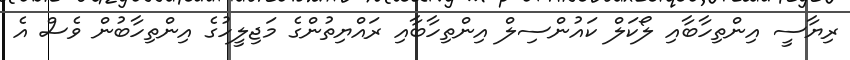
ރިޔާސީ އިންތިހާބާއި ލޯކަލް ކައުންސިލް އިންތިހާބާއި ރައްޔިތުންގެ މަޖިލީހުގެ އިންތިހާބުން ވެސް އެ